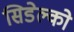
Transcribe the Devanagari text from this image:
सिडेल्को